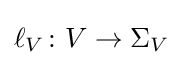
\ell _{V}\colon V\rightarrow \Sigma _{V}